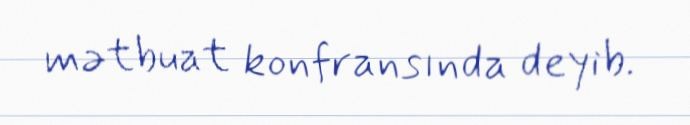
mətbuat konfransında deyib.